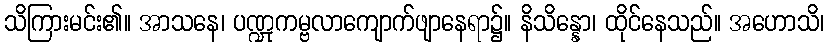
သိကြားမင်း၏။ အာသနေ၊ ပဏ္ဍုကမ္ဗလာကျောက်ဖျာနေရာ၌။ နိသိန္နော၊ ထိုင်နေသည်။ အဟောသိ၊